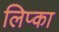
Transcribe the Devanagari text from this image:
लिप्का